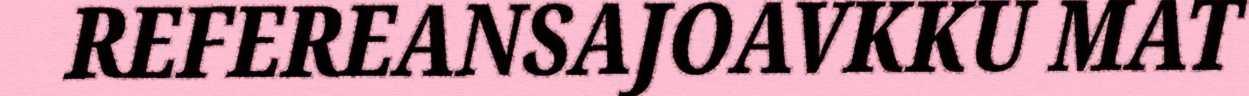
REFEREANSAJOAVKKU MAT